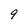
Character: 9